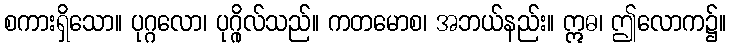
စကားရှိသော။ ပုဂ္ဂလော၊ ပုဂ္ဂိုလ်သည်။ ကတမောစ၊ အဘယ်နည်း။ ဣဓ၊ ဤလောက၌။